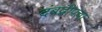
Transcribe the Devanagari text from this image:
दंबद्वीपचा